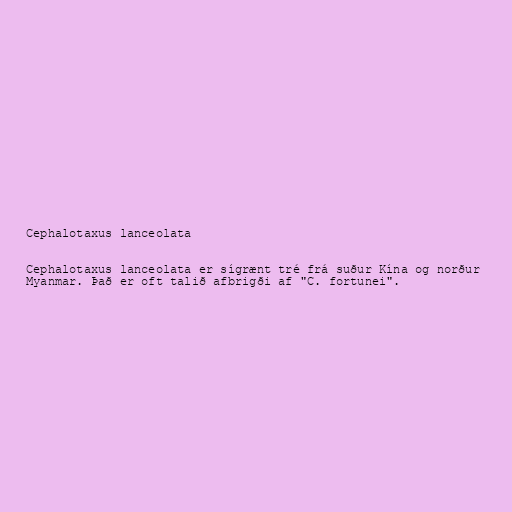
Cephalotaxus lanceolata

Cephalotaxus lanceolata er sígrænt tré frá suður Kína og norður
Myanmar. Það er oft talið afbrigði af "C. fortunei".